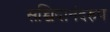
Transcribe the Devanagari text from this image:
सच्चिदानंदरुप